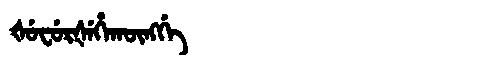
Manchu: ᡧᡠᠸᡠᡵᡧᡝᡥᠠᡴᡡᠩᡤᡝ
Romanization: ŠUFURŠEHAKŪNGGE